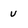
Character: u